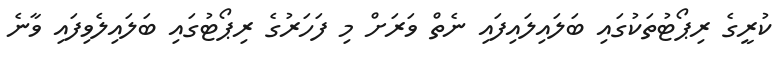
ކުރީގެ ރިޕޯޓުތަކުގައި ބަލައިލައިފައި ނެތް ވަރަށް މި ފަހަރުގެ ރިޕޯޓުގައި ބަލައިލެވިފައި ވާނެ